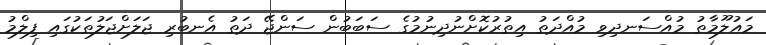
މައުލޫމާތު މުއްސަނދިވި މުއްދަތު އިތުރުކޮށްނުދިނުމުގެ ސަބަބުން ސަންޖޭ ދަތު އެނބުރި ޖަލަށްޖަލުތަކުގައި ފިލްމު